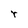
Character: r